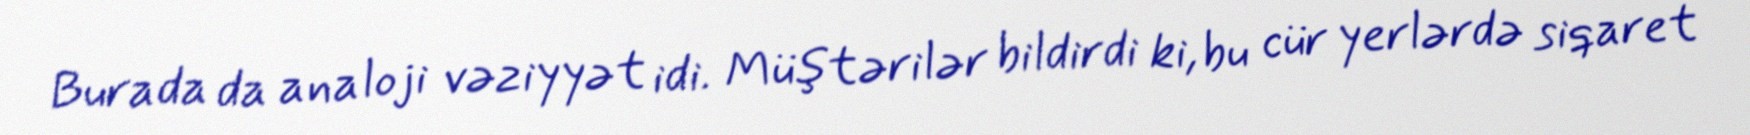
Burada da analoji vəziyyət idi. Müştərilər bildirdi ki, bu cür yerlərdə siqaret